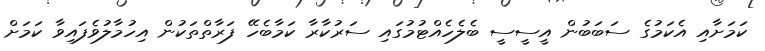
ކަމަށާއި އެކަމުގެ ސަބަބުން އީސީސީ ބެލެހެއްޓުމުގައި ސަރުކާރާ ކަމާބެހޭ ފަރާތްތަކުން އިހުމާލުވެފައިވާ ކަމަށް